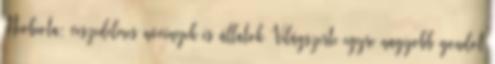
Neobiota: veszedelmes növények és állatok Világszerte egyre nagyobb gondot